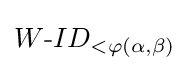
W{\textrm {-}}ID_{<\varphi (\alpha ,\beta )}